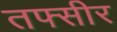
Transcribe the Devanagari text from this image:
तफ्सीर